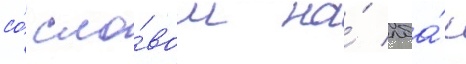
со́ сло́вом на́ лба́х